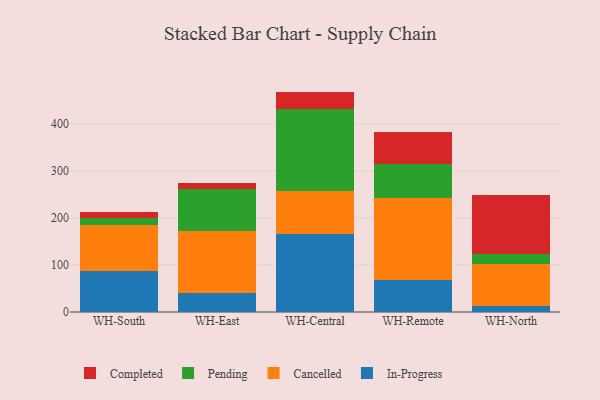
{"axis": {"x": "Warehouse", "y": "Active Users"}, "legend": ["Cancelled", "Completed", "In-Progress", "Pending"], "data": [{"x": "WH-South", "y": 86.4, "type": "In-Progress"}, {"x": "WH-South", "y": 98.0, "type": "Cancelled"}, {"x": "WH-South", "y": 15.2, "type": "Pending"}, {"x": "WH-South", "y": 14.1, "type": "Completed"}, {"x": "WH-East", "y": 40.7, "type": "In-Progress"}, {"x": "WH-East", "y": 131.4, "type": "Cancelled"}, {"x": "WH-East", "y": 90.2, "type": "Pending"}, {"x": "WH-East", "y": 12.1, "type": "Completed"}, {"x": "WH-Central", "y": 165.3, "type": "In-Progress"}, {"x": "WH-Central", "y": 92.8, "type": "Cancelled"}, {"x": "WH-Central", "y": 173.9, "type": "Pending"}, {"x": "WH-Central", "y": 37.5, "type": "Completed"}, {"x": "WH-Remote", "y": 67.5, "type": "In-Progress"}, {"x": "WH-Remote", "y": 174.9, "type": "Cancelled"}, {"x": "WH-Remote", "y": 72.1, "type": "Pending"}, {"x": "WH-Remote", "y": 69.8, "type": "Completed"}, {"x": "WH-North", "y": 13.8, "type": "In-Progress"}, {"x": "WH-North", "y": 88.3, "type": "Cancelled"}, {"x": "WH-North", "y": 22.0, "type": "Pending"}, {"x": "WH-North", "y": 126.0, "type": "Completed"}]}